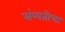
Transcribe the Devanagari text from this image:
संप्पतीचा